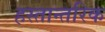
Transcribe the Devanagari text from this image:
हस्तान्तरिक